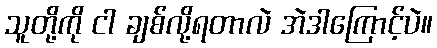
သူတို့ကို ငါ ချစ်လို့ရတာလဲ အဲဒါကြောင့်ပဲ။